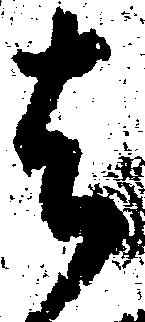
者